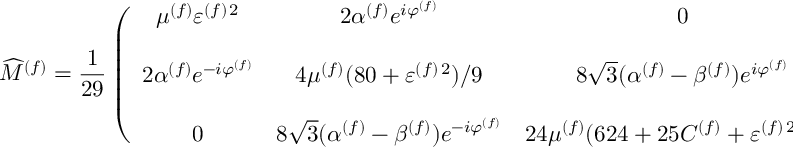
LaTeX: \widehat { M } ^ { ( f ) } = \frac { 1 } { 2 9 } \left( \begin{array} { c c c } { { \mu ^ { ( f ) } \varepsilon ^ { ( f ) \, 2 } } } & { { 2 \alpha ^ { ( f ) } e ^ { i \varphi ^ { ( f ) } } } } & { { 0 } } \\ { { } } & { { } } & { { } } \\ { { 2 \alpha ^ { ( f ) } e ^ { - i \varphi ^ { ( f ) } } } } & { { 4 \mu ^ { ( f ) } ( 8 0 + \varepsilon ^ { ( f ) \, 2 } ) / 9 } } & { { 8 \sqrt { 3 } ( \alpha ^ { ( f ) } - \beta ^ { ( f ) } ) e ^ { i \varphi ^ { ( f ) } } } } \\ { { } } & { { } } & { { } } \\ { { 0 } } & { { 8 \sqrt { 3 } ( \alpha ^ { ( f ) } - \beta ^ { ( f ) } ) e ^ { - i \varphi ^ { ( f ) } } } } & { { 2 4 \mu ^ { ( f ) } ( 6 2 4 + 2 5 C ^ { ( f ) } + \varepsilon ^ { ( f ) \, 2 } ) / 2 5 } } \end{array} \right) \; ,